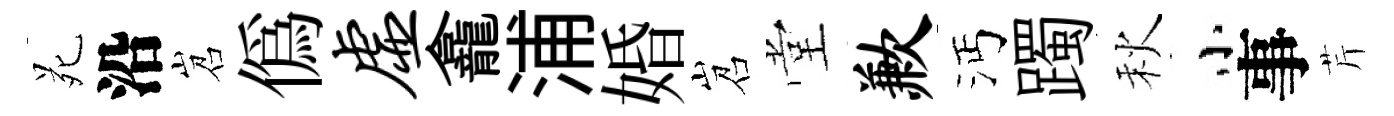
苑沿岧偽虚龕浦婚岧堂歉沔躅秋小事芹